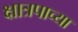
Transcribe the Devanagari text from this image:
क्षात्रपाच्या